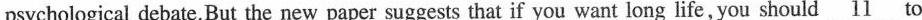
psychological debate.But the new paper suggests that if you want long life, you should \underline{11} to